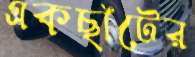
একছাঁটের